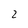
Character: 2